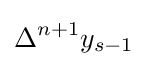
\Delta ^{n+1}y_{s-1}